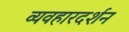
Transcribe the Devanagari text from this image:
व्यवहारदर्शन